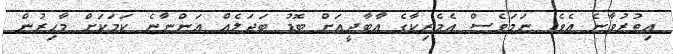
އިތުރުވާނެ އެވެ. ނަމަވެސް އެމެރިކާގެ އާބާދީއަށް ބޮޑު ބަދަލެއް އަންނާނެ ކަމަކަށް މާހިރުން